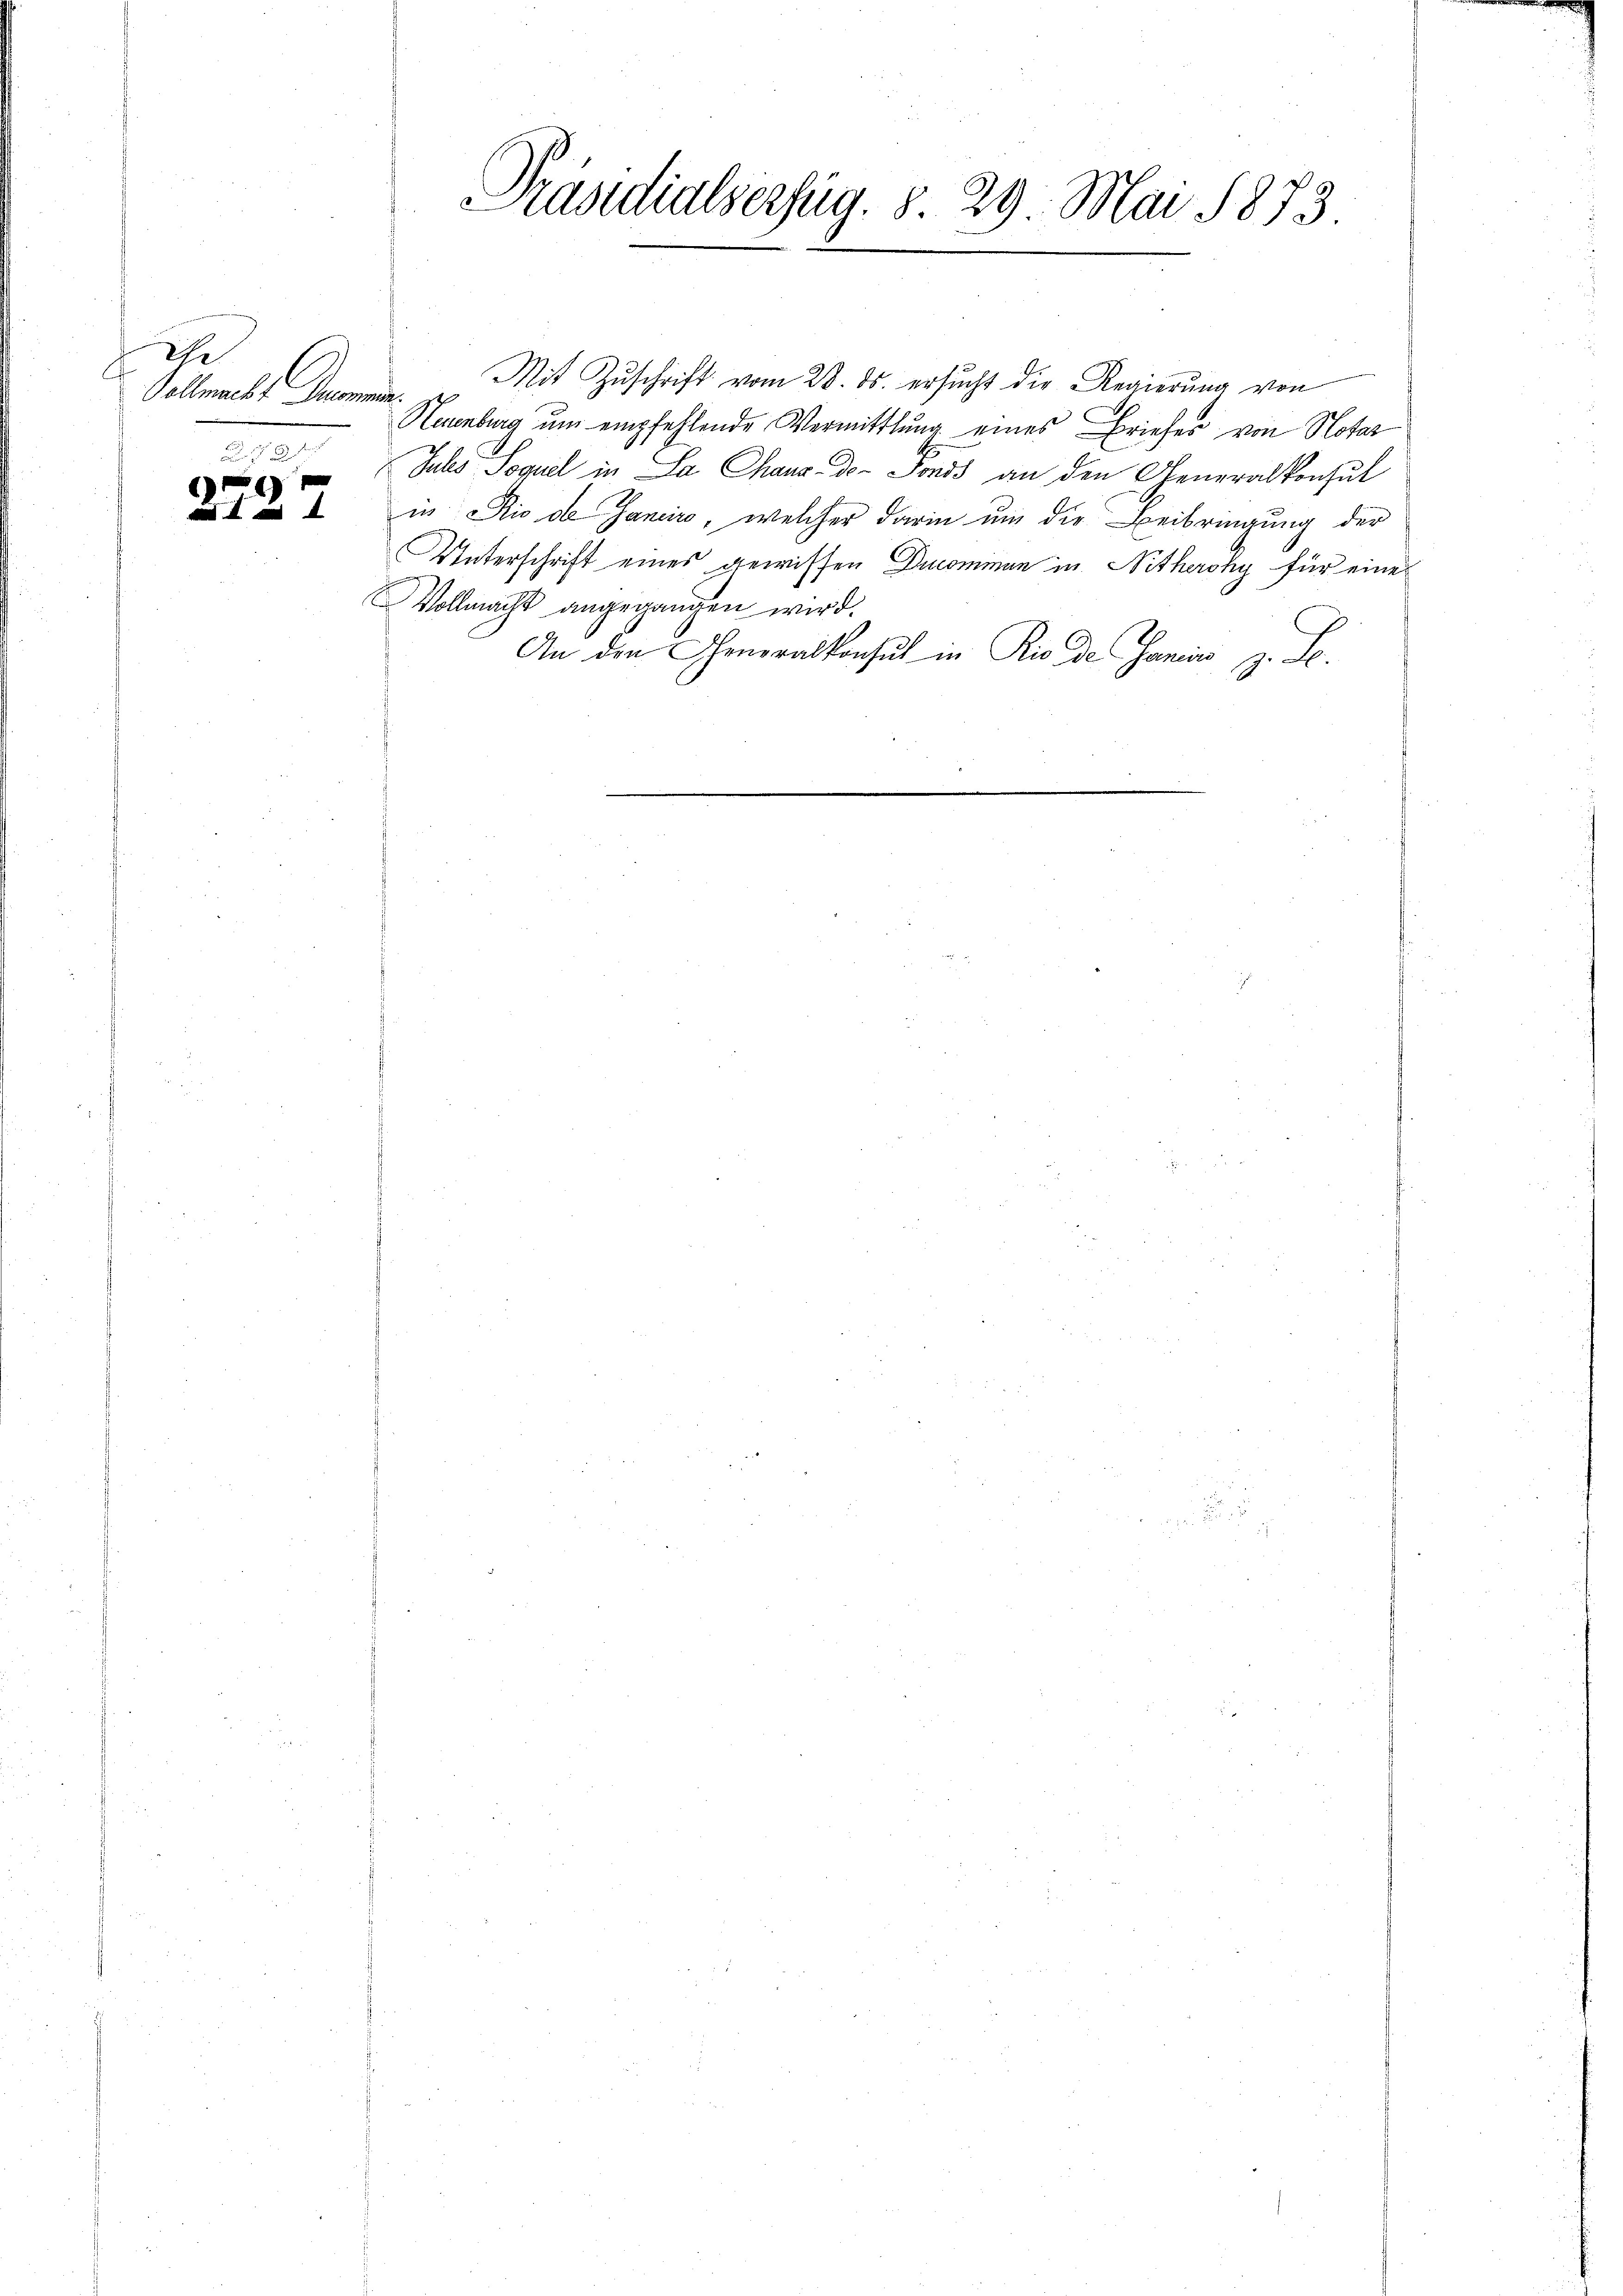
d
Vollmache Decommen.
 x

2727

Präsidialserzug. S. 29. Mai 1873.

Mit Zŭschrift vom 28. ds. ersucht die Regierung von
Haunburg um empfehlende Vermittlung eines Briefes von Notar
Juls Sequel in Sa Chaux-de-Fonds an den Generalkonsul
in Rio de Janeiro, welcher darin um die Beibringung der
Unterschrift eines gewissen Ducommen in Nitheroky für eine
Vollmacht angegangen wird.
An den Generalkonsul in Rio de Janis z. S.